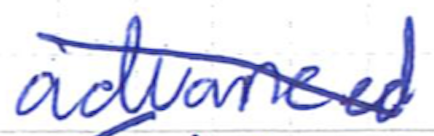
Text: advanced
Cross-out: diagonal
Writing tool: ballpoint